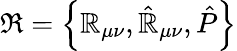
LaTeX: \Re=\left\{ \mathbb{R}_{\mu\nu},{\hat{{\cal\mathbb{R}}}}_{\mu\nu},{\hat{{P}}}\right\}